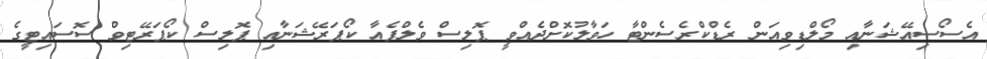
އެސޯސިއޭޝަނާއި މޯލްޑިވިއަން ރެޑްކްރެސެންޓާ ހަވާލުކޮށްދެއްވީ ޕޮލިސް ވެލްފެއާ ކޯޕަރޭޝަނާއި ޕޮލިސް ކޯޕަރޭޓިވް ސޮސައިޓީގެ